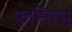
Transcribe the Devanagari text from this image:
फामित्सु